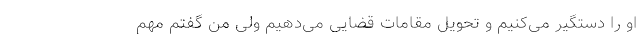
او را دستگیر می‌کنیم و تحویل مقامات قضایی می‌دهیم ولی من گفتم مهم